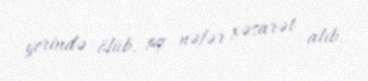
yerində ölüb, 14 nəfər xəsarət alıb.